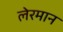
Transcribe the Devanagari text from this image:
लेरमान